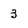
Character: 3